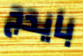
بايدج